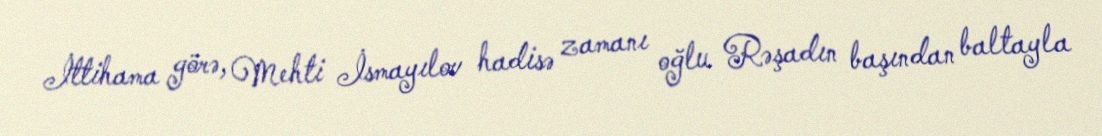
İttihama görə, Mehti İsmayılov hadisə zamanı oğlu Rəşadın başından baltayla